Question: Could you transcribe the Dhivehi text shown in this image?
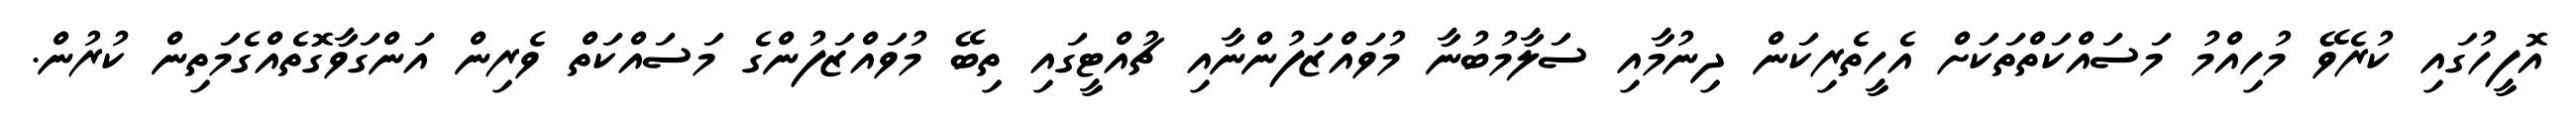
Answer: އޮފީހުގައި ކުރެވޭ މުހިއްމު މަސައްކަތްތަކަށް އެހީތެރިކަން ދިނުމާއި ސަލާމުބުނާ މުވައްޒަފުންނާއި ޗުއްޓީގައި ތިބޭ މުވައްޒަފުންގެ މަސައްކަތް ވެރިން އަންގަވާގޮތެއްގެމަތިން ކުރުން.